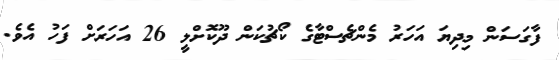
ފާގަސަން މިދިޔަ އަހަރު މެންޗެސްޓާގެ ކޯޗުކަން ދޫކޮށްލީ 26 އަހަރަށް ފަހު އެވެ.